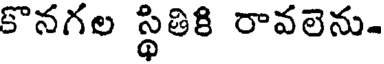
కొనగల స్థితికి రావలెను.